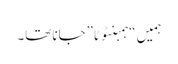
ہمیں “ہمبنٹوٹا”جانا تھا۔